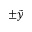
\pm \tilde { y }